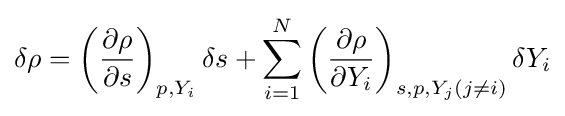
\delta \rho =\left({\frac {\partial \rho }{\partial s}}\right)_{p,Y_{i}}\delta s+\sum _{i=1}^{N}\left({\frac {\partial \rho }{\partial Y_{i}}}\right)_{s,p,Y_{j}(j\neq i)}\delta Y_{i}